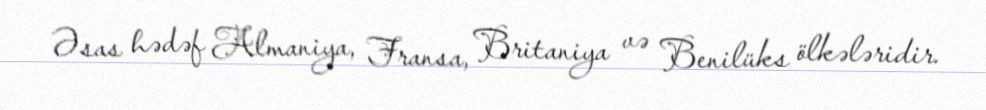
Əsas hədəf Almaniya, Fransa, Britaniya və Benilüks ölkələridir.